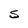
Character: S